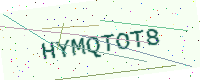
Text: HYMQTOT8